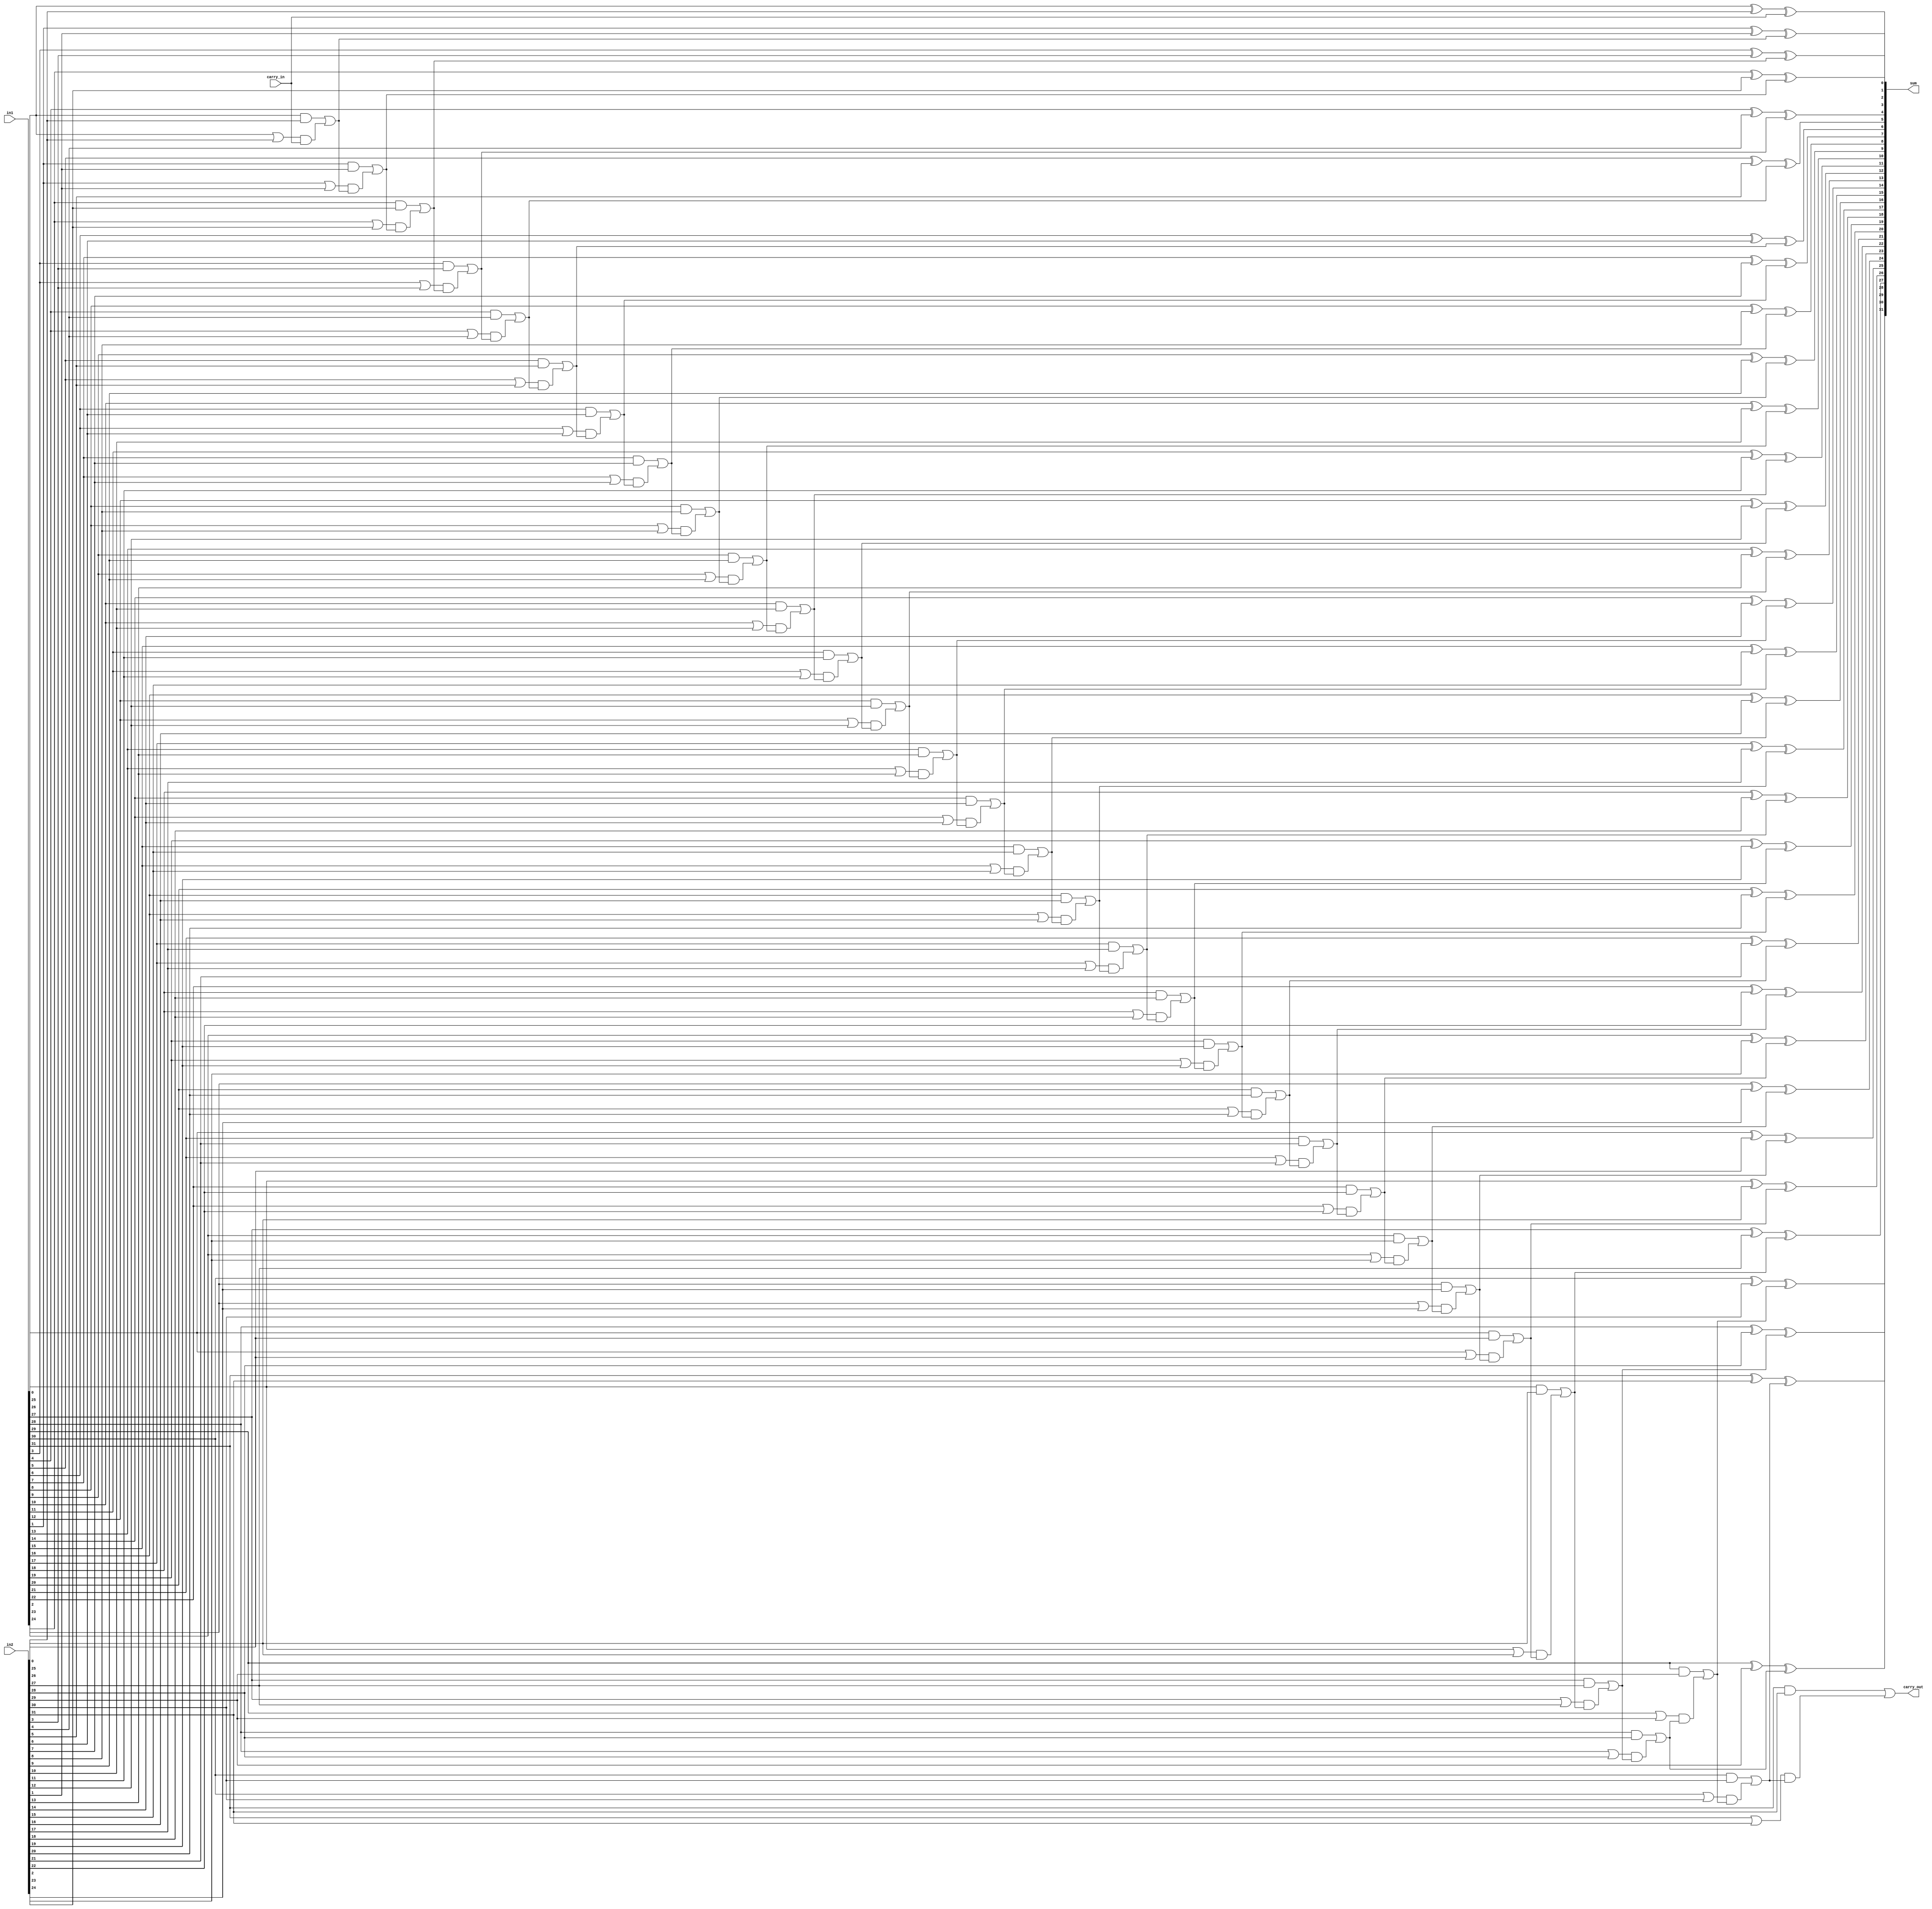
`timescale 1ns / 1ps
`define DELAY #10

// carry look-ahead adder
module N_bit_cla_adder (in1, in2, carry_in, sum, carry_out);
    parameter DATA_WID = 32;

    input [DATA_WID - 1:0] in1;
    input [DATA_WID - 1:0] in2;
    input carry_in;
    output [DATA_WID - 1:0] sum;
    output carry_out;  
    
    wire [DATA_WID - 1:0] gen;
    wire [DATA_WID - 1:0] pro;
    wire [DATA_WID:0] carry_tmp;
    
    //assign {carry_out, sum} = in1 + in2 + carry_in;
    genvar j, i;
    generate
        //assume carry_tmp in is zero
        assign carry_tmp[0] = carry_in;
        
        //carry generator
        for (j = 0; j < DATA_WID; j = j + 1) begin: carry_generator
            assign gen[j] = in1[j] & in2[j];
            assign pro[j] = in1[j] | in2[j];
            assign carry_tmp[j+1] = gen[j] | pro[j] & carry_tmp[j];
        end
        
        //carry out 
        assign carry_out = carry_tmp[DATA_WID];
        
        //calculate sum 
        //assign sum[0] = in1[0] ^ in2 ^ carry_in;
        for (i = 0; i < DATA_WID; i = i+1) begin: sum_without_carry
            assign sum[i] = in1[i] ^ in2[i] ^ carry_tmp[i];
        end 
    endgenerate
    
endmodule